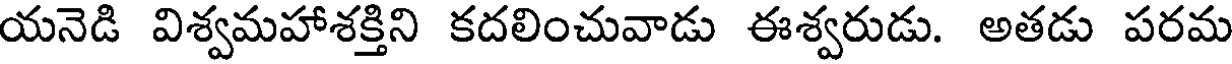
యనెడి విశ్వమహాశక్తిని కదలించువాడు ఈశ్వరుడు. అతడు పరమ